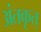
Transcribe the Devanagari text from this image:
अंतकृत्